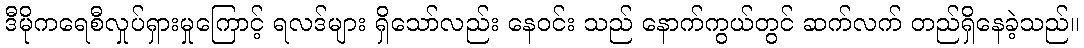
ဒီမိုကရေစီလှုပ်ရှားမှုကြောင့် ရလဒ်များ ရှိသော်လည်း နေဝင်း သည် နောက်ကွယ်တွင် ဆက်လက် တည်ရှိနေခဲ့သည်။